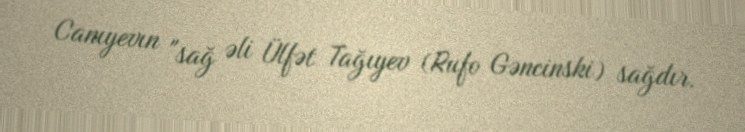
Canıyevın "sağ əli Ülfət Tağıyev (Rufo Gəncinski) sağdır.